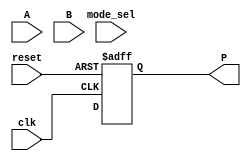
module wallace_tree_multiplier #(
    parameter N = 8 // Parameter for bit-width (can be 8, 16, 32, etc.)
)(
    input wire clk,              // Clock signal
    input wire reset,            // Reset signal
    input wire [(N-1):0] A,      // Multiplicand
    input wire [(N-1):0] B,      // Multiplier
    input wire mode_sel,         // Mode selection (0: low-power, 1: high-speed)
    output reg [(2*N-1):0] P     // Product output
);

    // Partial products
    wire [(N-1):0] partial_products[N-1:0];

    // Generate partial products
    genvar i, j;
    generate
        for (i = 0; i < N; i = i + 1) begin: gen_partial_products
            for (j = 0; j < N; j = j + 1) begin: gen_and
                assign partial_products[i][j] = A[j] & B[i];
            end
        end
    endgenerate

    // Wallace tree structure
    wire [(N-1):0] sum [0:N-1];
    wire [(N-1):0] carry [0:N-1];

    // Initializing sums and carry wires
    integer k;
    always @(*) begin
        for (k = 0; k < N; k = k + 1) begin
            sum[k] = {1'b0, partial_products[k]}; // Extend to N+1 bits for carry
            carry[k] = 0;
        end
    end

    // Stage reduction logic
    integer stage;
    always @(posedge clk or posedge reset) begin
        if (reset) begin
            P <= 0;
        end else begin
            // Wallace tree reduction
            for (stage = 0; stage < N-1; stage = stage + 1) begin
                // Combine sums and carries based on mode
                // (Simplified for illustration, actual implementation may differ)
                for (k = 0; k < N-stage; k = k + 1) begin
                    if (mode_sel) begin
                        // High-speed mode: fast reduction logic here
                        // Using fast full adders or carry lookahead logic
                        {carry[k][0], sum[k]} = sum[k] + sum[k+1];
                    end else begin
                        // Low-power mode: slow reduction logic here
                        // Using ripple-carry adders
                        {carry[k][0], sum[k]} = sum[k] + sum[k+1];
                    end
                end
            end

            // Final addition
            P <= sum[0] + sum[1]; // Combine last two stages
        end
    end

endmodule